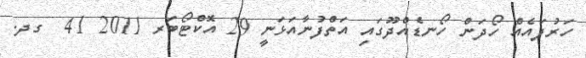
ހަރުފައެއް ހޯދަން ހޯނޑެއްދޫގައި އަތްފުނާއަޅަނީ 29 އޮކްޓޯބަރ 2011 41  ގދ.